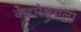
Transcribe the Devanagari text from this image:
केदारेश्वराला